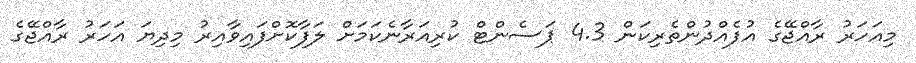
މިއަހަރު ރާއްޖޭގެ އުފެއްދުންތެރިކަން 4.3 ޕަސެންޓް ކުރިއަރާނެކަމަށް ލަފާކޮށްފައިވާއިރު މިދިޔަ އަހަރު ރާއްޖޭގެ